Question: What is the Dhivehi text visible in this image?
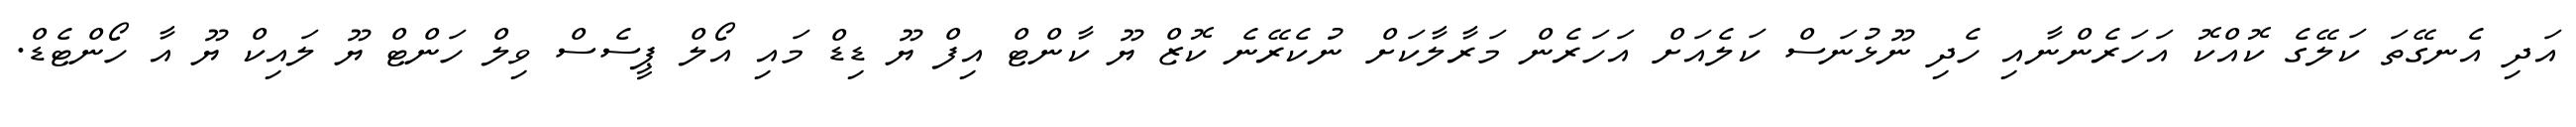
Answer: އަދި އެނގޭތަ ކަލޭގެ ކޮއްކޮ އަހަރެންނާއި ހެދި ނޫޅުނަސް ކަލެއަށް އަހަރެން މަރާލާކަށް ނުކެރޭނެ ކޮޒް ޔޫ ކާންޓް އިފް ޔޫ ޑިޑް މައި އޯލް ޕީސެސް ވިލް ހަންޓް ޔޫ ލައިކް ޔޫ އާ ހޯންޓެޑް.